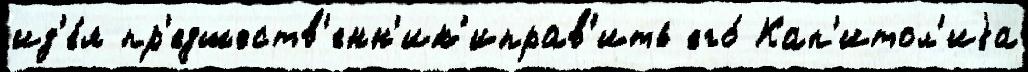
ид'е́я пр'едшеств'енн'ик'иправ'ить его́ Кап'итол'иjа